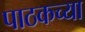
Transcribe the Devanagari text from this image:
पाठकच्या